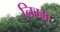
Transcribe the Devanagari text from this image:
निम्‍म